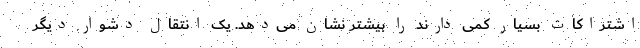
اشتراکات بسیار کمی دارند را بیشتر نشان می‌دهد. یک انتقال دشوار دیگر